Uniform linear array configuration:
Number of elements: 8
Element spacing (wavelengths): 1
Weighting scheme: exponential
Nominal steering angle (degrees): -15
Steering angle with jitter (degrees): -16.841
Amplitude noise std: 0.05
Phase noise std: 0.05

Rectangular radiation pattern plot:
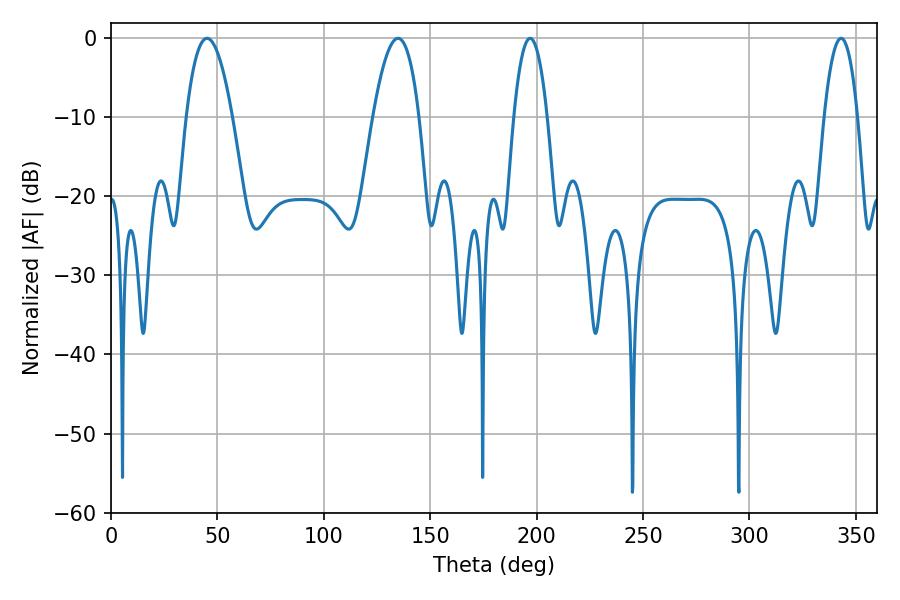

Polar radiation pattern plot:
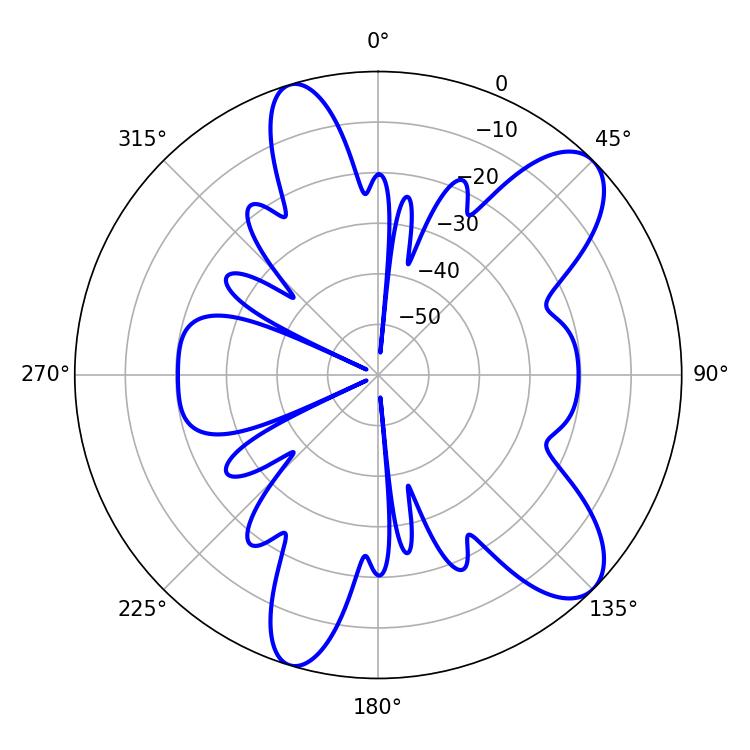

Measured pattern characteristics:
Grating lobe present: TRUE
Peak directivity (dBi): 9.528
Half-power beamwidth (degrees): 8.82
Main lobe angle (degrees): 196.92